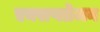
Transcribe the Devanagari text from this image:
एक्सप्लोजन